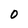
Character: 0